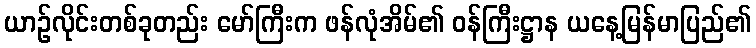
ယာဉ်လိုင်းတစ်ခုတည်း မော်ကြီးက ဖန်လုံအိမ်၏ ဝန်ကြီးဋ္ဌာန ယနေ့မြန်မာပြည်၏